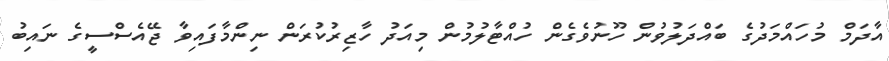
އާދަމް މުހައްމަދުގެ ބައްދަލުވުން ހޫނުވެގެން ހުއްޓާލުމުން މިއަދު ހާޒިރުކުރަން ނިންމާފައިވާ ޖޭއެސްސީގެ ނައިބު